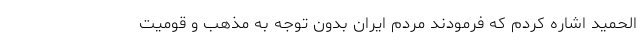
الحمید اشاره کردم که فرمودند مردم ایران بدون توجه به مذهب و قومیت